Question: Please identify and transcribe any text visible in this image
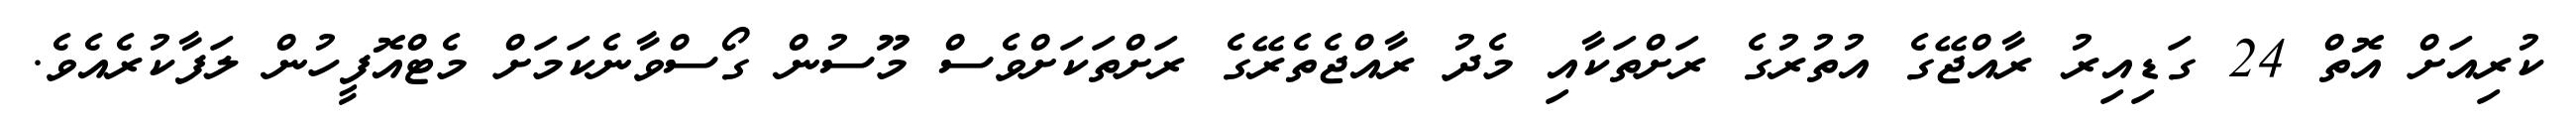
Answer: ކުރިއަށް އޮތް 24 ގަޑިއިރު ރާއްޖޭގެ އުތުރުގެ ރަށްތަކާއި މެދު ރާއްޖެތެރޭގެ ރަށްތަކަށްވެސް މޫސުން ގޯސްވާނެކަމަށް މެޓްއޮފީހުން ލަފާކުރެއެވެ.